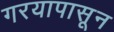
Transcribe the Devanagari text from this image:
गरयापासून